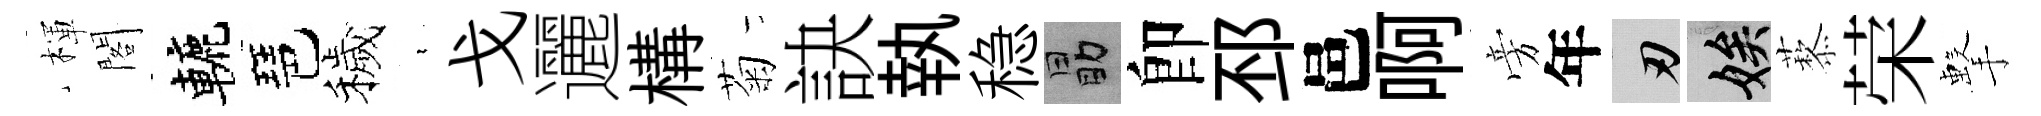
楎閣轆琶穢裊戈邐構菊訣執稳勗卽邳邑啊旁年刃娭藜荣擊